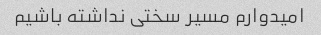
امیدوارم مسیر سختی نداشته باشیم